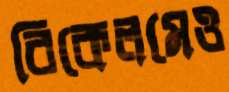
রিকেলমেও